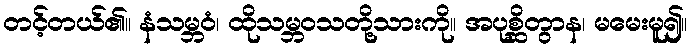
တင့်တယ်၏။ နံသမ္ဘဝံ၊ ထိုသမ္ဘဝသတို့သားကို။ အပုစ္ဆိတွာန၊ မမေးမူ၍။